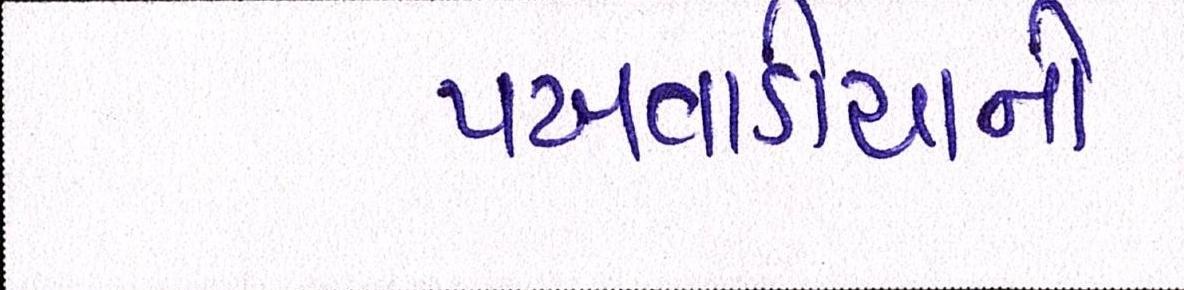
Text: પખવાડીયાની